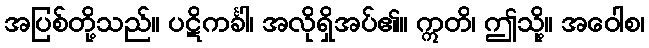
အပြစ်တို့သည်။ ပဋိကင်္ခါ၊ အလိုရှိအပ်၏။ ဣတိ၊ ဤသို့။ အဝေါစ၊